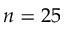
n = 2 5